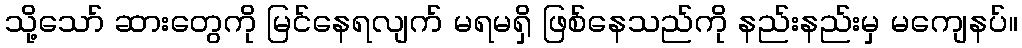
သို့သော် ဆားတွေကို မြင်နေရလျက် မရမရှိ ဖြစ်နေသည်ကို နည်းနည်းမှ မကျေနပ်။